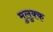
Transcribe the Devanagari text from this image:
मुलुक्क